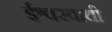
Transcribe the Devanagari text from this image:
ईश्वरवाची